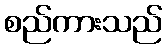
စည်ကားသည်